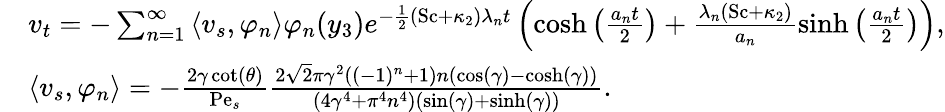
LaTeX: \begin{array}{rl}&{v_{t}=-\sum_{n=1}^{\infty}\left\langle v_{s},\varphi_{n}\right\rangle\varphi_{n}(y_{3})e^{-\frac{1}{2}(\mathrm{Sc}+\kappa_{2})\lambda_{n}t}\left(\cosh\left(\frac{a_{n}t}{2}\right)+\frac{\lambda_{n}\left(\mathrm{Sc}+\kappa_{2}\right)}{a_{n}}\sinh\left(\frac{a_{n}t}{2}\right)\right),}\\ &{\left\langle v_{s},\varphi_{n}\right\rangle=-\frac{2\gamma\cot(\theta)}{\mathrm{Pe}_{s}}\frac{2\sqrt{2}\pi\gamma^{2}\left((-1)^{n}+1\right)n(\cos(\gamma)-\cosh(\gamma))}{\left(4\gamma^{4}+\pi^{4}n^{4}\right)(\sin(\gamma)+\sinh(\gamma))}.}\end{array}